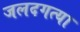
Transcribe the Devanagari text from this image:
जलदगत्या